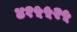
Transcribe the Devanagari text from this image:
४१५५२५